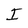
Character: I